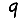
Digit: 9